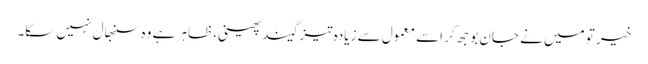
خیر تو میں نے جان بوجھ کر اسے معمول سے زیادہ تیز گیند پھینی، ظاہر ہے وہ سنبھال نہیں سکا۔